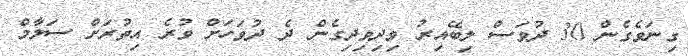
ގިނަވެގެން 30 ދުވަސް ލިބޭއިރު ވިދިވިދިގެން ދެ ދުވަހަށް ވުރެ އިތުރަށް ސަލާމް